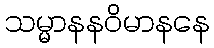
သမ္မာနနဝိမာနနေ